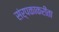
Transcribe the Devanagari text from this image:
संर्पकाकरीता